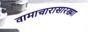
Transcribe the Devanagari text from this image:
वामाचारासारख्या